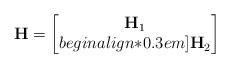
LaTeX: \begin{align*}\mathbf{H} = \begin{bmatrix}\mathbf{H}_1\\begin{align*}0.3em]\mathbf{H}_2\end{bmatrix}\end{align*}